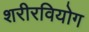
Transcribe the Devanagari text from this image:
शरीरवियोग